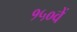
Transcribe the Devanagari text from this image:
१५०वें